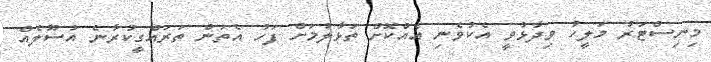
މިނިސްޓަރު މަލީހު ވިދާޅުވީ އެކުވެނި އެއްކޮށް ތަޅާލުމަށް ފަހު އެތަން ތަރައްގީކުރާނެ އުސޫލެއް